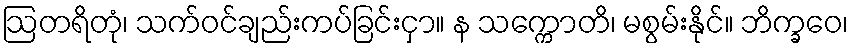
ဩတရိတုံ၊ သက်ဝင်ချည်းကပ်ခြင်းငှာ။ န သက္ကောတိ၊ မစွမ်းနိုင်။ ဘိက္ခဝေ၊